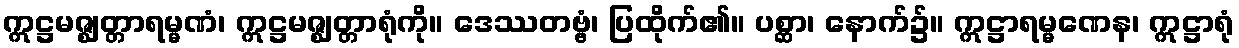
ဣဋ္ဌမဇ္ဈတ္တာရမ္မဏံ၊ ဣဋ္ဌမဇ္ဈတ္တာရုံကို။ ဒေဿတဗ္ဗံ၊ ပြထိုက်၏။ ပစ္ဆာ၊ နောက်၌။ ဣဋ္ဌာရမ္မဏေန၊ ဣဋ္ဌာရုံ